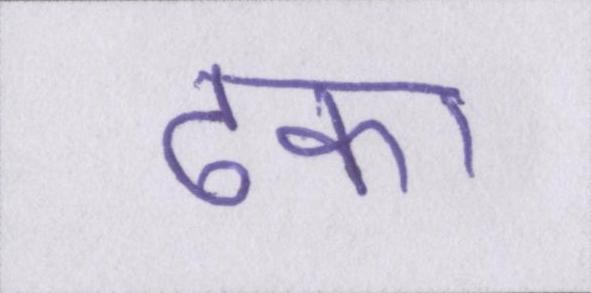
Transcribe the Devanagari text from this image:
ढका